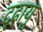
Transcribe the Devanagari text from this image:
दृढ़ायु